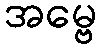
အမ္ဗေ